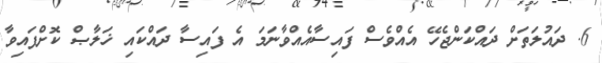
6. ދައުލަތަށް ދައްކަންޖެހޭ އެއްވެސް ފައިސާއެއްވާނަމަ އެ ފައިސާ ދައްކައި ޚަލާޞް ކޮށްފައިވާ